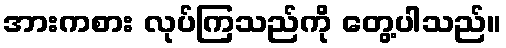
အားကစား လုပ်ကြသည်ကို တွေ့ပါသည်။